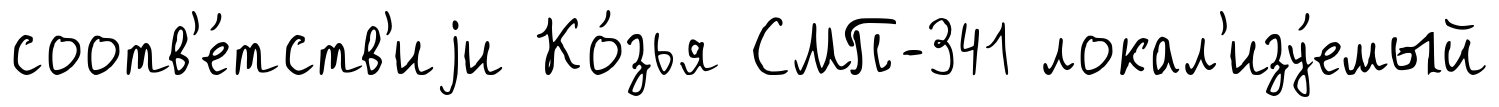
соотв'е́тств'иjи Ко́зья СМП-341 локал'изу́емый